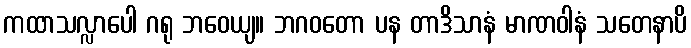
ကထာသလ္လာပေါ ဂရု ဘဝေယျ။ ဘဂဝတော ပန တာဒိသာနံ မာဏဝါနံ သတေနာပိ